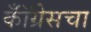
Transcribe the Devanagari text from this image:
कॉँग्रेसचा